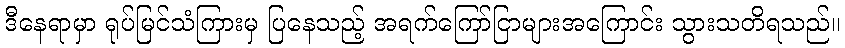
ဒီနေရာမှာ ရုပ်မြင်သံကြားမှ ပြနေသည့် အရက်ကြော်ငြာများအကြောင်း သွားသတိရသည်။